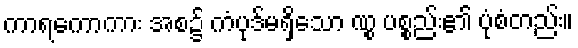
ကာရကောကား အစ၌ ကံပုဒ်မရှိသော ဏွု ပစ္စည်း၏ ပုံစံတည်း။